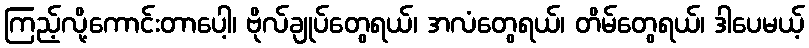
ကြည့်လို့ကောင်းတာပေါ့၊ ဗိုလ်ချုပ်တွေရယ်၊ အလံတွေရယ်၊ တိမ်တွေရယ်၊ ဒါပေမယ့်